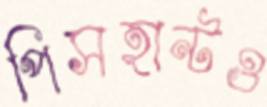
পিসহান্টও